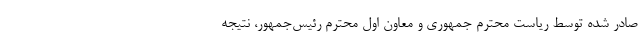
صادر شده توسط ریاست محترم جمهوری و معاون اول محترم رئیس‌جمهور، نتیجه